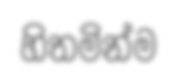
හිතමින්ම